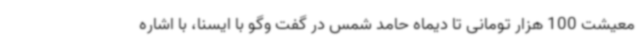
معیشت 100 هزار تومانی تا دیماه حامد شمس در گفت وگو با ایسنا، با اشاره